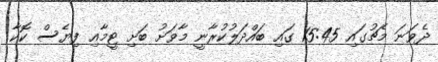
ދެވަނަ މެޗުގައި 15:45 ގައި ބައްދަލުކުރާނީ މާވަށު ބަށި ޓީމާއި ފިޔެސް ކޮކާ